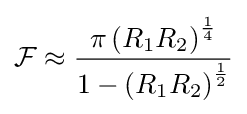
{\mathcal {F}}\approx {\frac {\pi \left(R_{1}R_{2}\right)^{\frac {1}{4}}}{1-\left(R_{1}R_{2}\right)^{\frac {1}{2}}}}